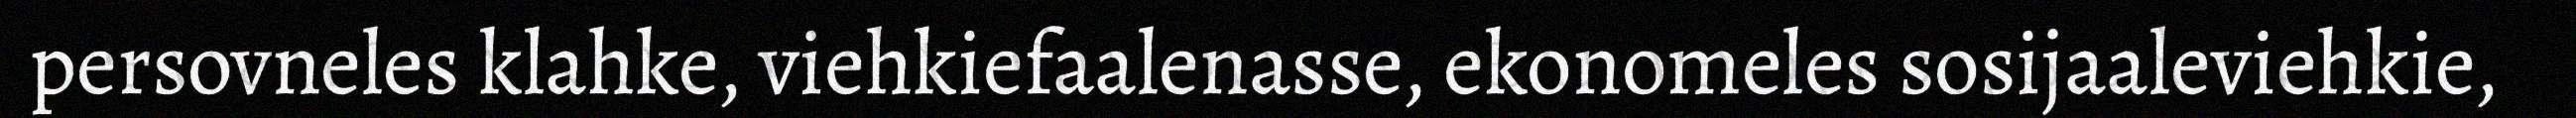
persovneles klahke, viehkiefaalenasse, ekonomeles sosijaaleviehkie,